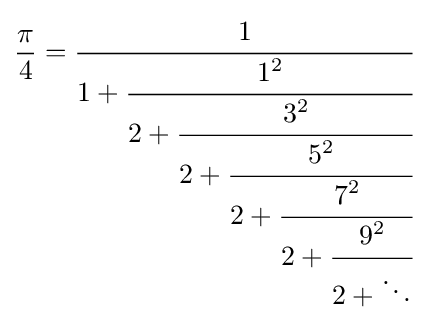
{\frac {\pi }{4}}={\cfrac {1}{1+{\cfrac {1^{2}}{2+{\cfrac {3^{2}}{2+{\cfrac {5^{2}}{2+{\cfrac {7^{2}}{2+{\cfrac {9^{2}}{2+\ddots }}}}}}}}}}}}